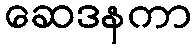
ဆေဒနကာ